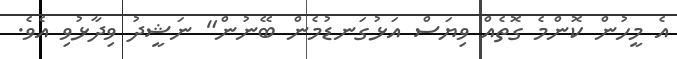
އެ މީހުން ކޮންމެ ގޮތެއް ވިޔަސް އަޅުގަނޑުމެން ބޭނުން" ނަޝީދު ވިދާޅުވި އެވެ.